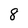
Character: 8